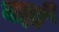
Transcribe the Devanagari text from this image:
बहाँ